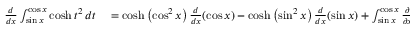
\begin{array} { r l } { { \frac { d } { d x } } \int _ { \sin x } ^ { \cos x } \cosh t ^ { 2 } \, d t } & { { } = \cosh \left( \cos ^ { 2 } x \right) { \frac { d } { d x } } ( \cos x ) - \cosh \left( \sin ^ { 2 } x \right) { \frac { d } { d x } } ( \sin x ) + \int _ { \sin x } ^ { \cos x } { \frac { \partial } { \partial x } } \left( \cosh t ^ { 2 } \right) d t } \end{array}